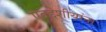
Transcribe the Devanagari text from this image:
एतद्देशीयांना